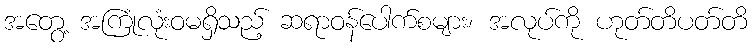
အတွေ့ အကြုံလုံးဝမရှိသည့် ဆရာဝန်ပေါက်စများ၊ အလုပ်ကို ဟုတ်တိပတ်တိ